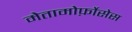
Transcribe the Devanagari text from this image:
मेतामोर्फ़ोसेस